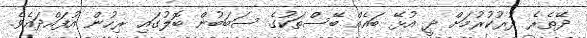
ދޭތެރެ ދުރުކުރުމަށް ދީ އުޅޭ ބައެއް ބޭސްތަކުގެ ސަބަބުން ބޮލުގައި ރިހުން އުފައްދައެވެ.